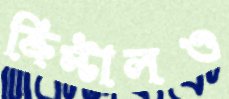
ক্রিস্টালও